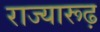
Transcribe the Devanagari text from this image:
राज्यारूढ़